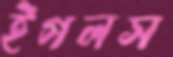
ইগলস